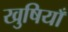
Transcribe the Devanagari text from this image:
खुषियाँ